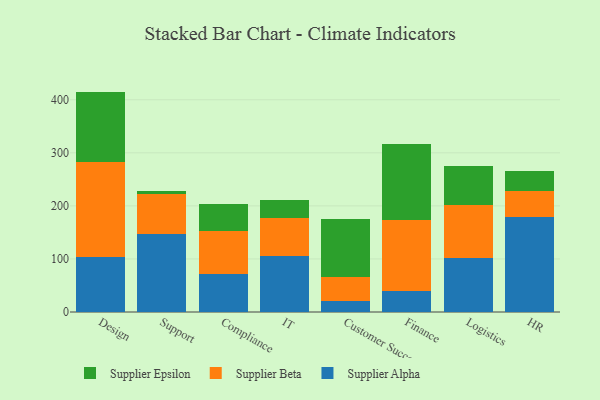
{"axis": {"x": "Department", "y": "Production Output"}, "legend": ["Supplier Alpha", "Supplier Beta", "Supplier Epsilon"], "data": [{"x": "Design", "y": 103.7, "type": "Supplier Alpha"}, {"x": "Design", "y": 179.5, "type": "Supplier Beta"}, {"x": "Design", "y": 132.2, "type": "Supplier Epsilon"}, {"x": "Support", "y": 146.3, "type": "Supplier Alpha"}, {"x": "Support", "y": 75.5, "type": "Supplier Beta"}, {"x": "Support", "y": 7.2, "type": "Supplier Epsilon"}, {"x": "Compliance", "y": 71.2, "type": "Supplier Alpha"}, {"x": "Compliance", "y": 80.6, "type": "Supplier Beta"}, {"x": "Compliance", "y": 51.7, "type": "Supplier Epsilon"}, {"x": "IT", "y": 105.9, "type": "Supplier Alpha"}, {"x": "IT", "y": 70.9, "type": "Supplier Beta"}, {"x": "IT", "y": 35.0, "type": "Supplier Epsilon"}, {"x": "Customer Success", "y": 21.6, "type": "Supplier Alpha"}, {"x": "Customer Success", "y": 44.7, "type": "Supplier Beta"}, {"x": "Customer Success", "y": 109.0, "type": "Supplier Epsilon"}, {"x": "Finance", "y": 39.4, "type": "Supplier Alpha"}, {"x": "Finance", "y": 133.9, "type": "Supplier Beta"}, {"x": "Finance", "y": 142.5, "type": "Supplier Epsilon"}, {"x": "Logistics", "y": 101.6, "type": "Supplier Alpha"}, {"x": "Logistics", "y": 99.6, "type": "Supplier Beta"}, {"x": "Logistics", "y": 74.0, "type": "Supplier Epsilon"}, {"x": "HR", "y": 178.5, "type": "Supplier Alpha"}, {"x": "HR", "y": 49.9, "type": "Supplier Beta"}, {"x": "HR", "y": 36.9, "type": "Supplier Epsilon"}]}